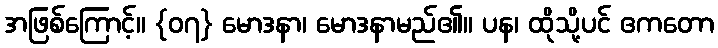
အဖြစ်ကြောင့်။ {၀၇} မောဒနာ၊ မောဒနာမည်၏။ ပန၊ ထိုသို့ပင် ဧကတော